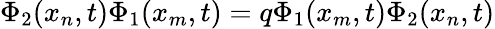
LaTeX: \Phi_{2}(x_{n},t)\Phi_{1}(x_{m},t)=q\Phi_{1}(x_{m},t)\Phi_{2}(x_{n},t)